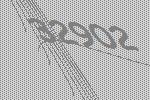
32902